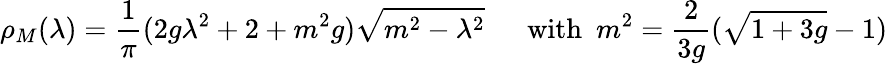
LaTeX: \rho_{M}(\lambda)=\frac{1}{\pi}(2g\lambda^{2}+2+m^{2}g)\sqrt{m^{2}-\lambda^{2}}\ \ \ \ \ \ \mathrm{with}\ \ m^{2}=\frac{2}{3g}(\sqrt{1+3g}-1)